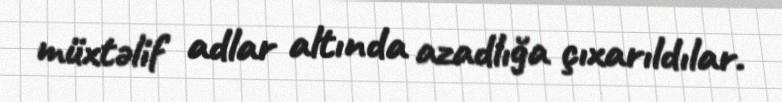
müxtəlif adlar altında azadlığa çıxarıldılar.